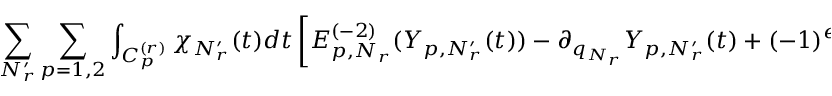
\sum _ { N _ { r } ^ { \prime } } \sum _ { p = 1 , 2 } \int _ { C _ { p } ^ { ( r ) } } \chi _ { N _ { r } ^ { \prime } } ( t ) d t \left[ E _ { p , N _ { r } } ^ { ( - 2 ) } ( Y _ { p , N _ { r } ^ { \prime } } ( t ) ) - \partial _ { q _ { N _ { r } } } Y _ { p , N _ { r } ^ { \prime } } ( t ) + ( - 1 ) ^ { e ( N _ { r } ^ { \prime } ) e ( N _ { r } ) } \partial _ { q _ { N _ { r } ^ { \prime } } } Y _ { p , N _ { r } } ( t ) \right] = 0